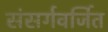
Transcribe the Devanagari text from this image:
संसर्गवर्जित